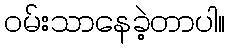
ဝမ်းသာနေခဲ့တာပါ။